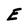
Character: E